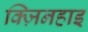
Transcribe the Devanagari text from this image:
क्ज़िनहाइ